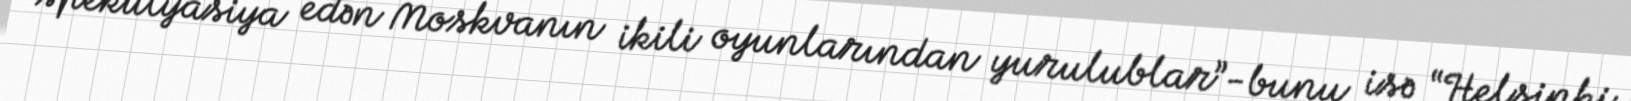
spekulyasiya edən Moskvanın ikili oyunlarından yurulublar”-bunu isə “Helsinki